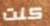
كنت